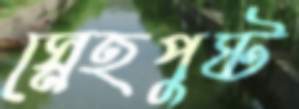
স্নেহপুষ্ট